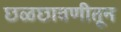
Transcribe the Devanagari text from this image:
छळछावणीतून